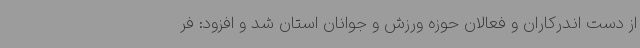
از دست اندرکاران و فعالان حوزه ورزش و جوانان استان شد و افزود: فر